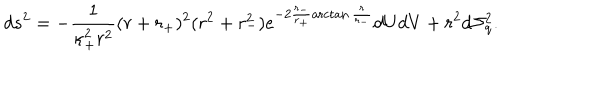
LaTeX: d s ^ { 2 } = - \frac { 1 } { \kappa _ { + } ^ { 2 } r ^ { 2 } } ( r + r _ { + } ) ^ { 2 } ( r ^ { 2 } + r _ { - } ^ { 2 } ) e ^ { - 2 \frac { r _ { - } } { r _ { + } } \operatorname { a r c t a n } \frac { r } { r _ { - } } } d U d V + r ^ { 2 } d \Sigma _ { q } ^ { 2 } .